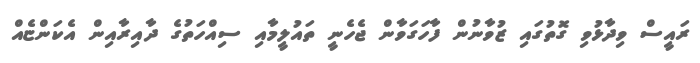
ރައީސް ވިދާޅުވި ގޮތުގައި ޒުވާނުން ފާހަގަވާން ޖެހެނީ ތައުލީމާއި ސިއްހަތުގެ ދާއިރާއިން އެކަންޏެއް